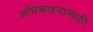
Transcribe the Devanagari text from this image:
अधिकाऱयांसाठी